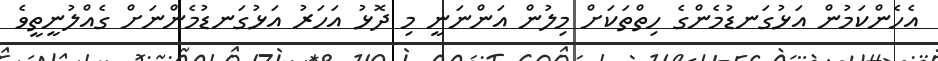
އެހެންކަމުން އަޅުގަނޑުމެންގެ ހިތްތަކަށް މިލުން އަންނަނީ މި ދޮޅު އަހަރު އަޅުގަނޑުމެންނަށް ގެއްލުނީތީވެ